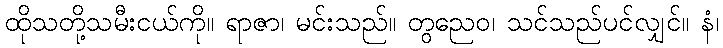
ထိုသတို့သမီးငယ်ကို။ ရာဇာ၊ မင်းသည်။ တွညေဝ၊ သင်သည်ပင်လျှင်။ နံ၊